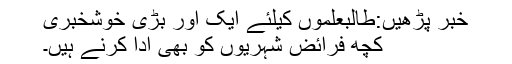
خبر پڑھیں:طالبعلموں کیلئے ایک اور بڑی خوشخبری
کچھ فرائض شہریوں کو بھی ادا کرنے ہیں۔